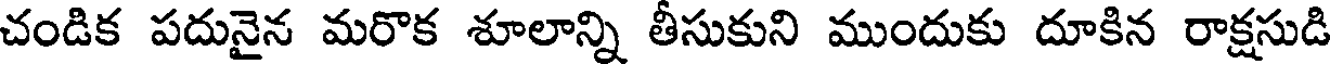
చండిక పదునైన మరొక శూలాన్ని తీసుకుని ముందుకు దూకిన రాక్షసుడి